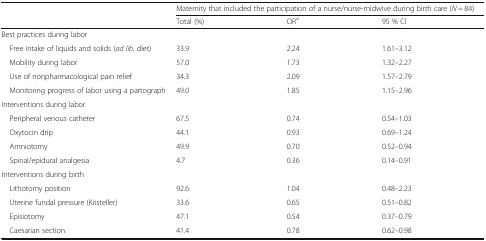
<table><thead><tr><td rowspan="2"></td><td colspan="3"><b>Maternity that included the participation of a nurse/nurse-midwive during birth care (<i>N</i> = 84)</b></td></tr><tr><td><b>Total (%)</b></td><td><b>OR<sup>a</sup></b></td><td><b>95 % CI</b></td></tr></thead><tbody><tr><td colspan="4">Best practices during labor</td></tr><tr><td> Free intake of liquids and solids (<i>ad lib.</i> diet)</td><td>33.9</td><td>2.24</td><td>1.61–3.12</td></tr><tr><td> Mobility during labor</td><td>57.0</td><td>1.73</td><td>1.32–2.27</td></tr><tr><td> Use of nonpharmacological pain relief</td><td>34.3</td><td>2.09</td><td>1.57–2.79</td></tr><tr><td> Monitoring progress of labor using a partograph</td><td>49.0</td><td>1.85</td><td>1.15–2.96</td></tr><tr><td colspan="4">Interventions during labor</td></tr><tr><td> Peripheral venous catheter</td><td>67.5</td><td>0.74</td><td>0.54–1.03</td></tr><tr><td> Oxytocin drip</td><td>44.1</td><td>0.93</td><td>0.69–1.24</td></tr><tr><td> Amniotomy</td><td>49.9</td><td>0.70</td><td>0.52–0.94</td></tr><tr><td> Spinal/epidural analgesia</td><td>4.7</td><td>0.36</td><td>0.14–0.91</td></tr><tr><td colspan="4">Interventions during birth</td></tr><tr><td> Lithotomy position</td><td>92.6</td><td>1.04</td><td>0.48–2.23</td></tr><tr><td> Uterine fundal pressure (Kristeller)</td><td>33.6</td><td>0.65</td><td>0.51–0.82</td></tr><tr><td> Episiotomy</td><td>47.1</td><td>0.54</td><td>0.37–0.79</td></tr><tr><td> Caesarian section</td><td>41.4</td><td>0.78</td><td>0.62–0.98</td></tr></tbody></table>